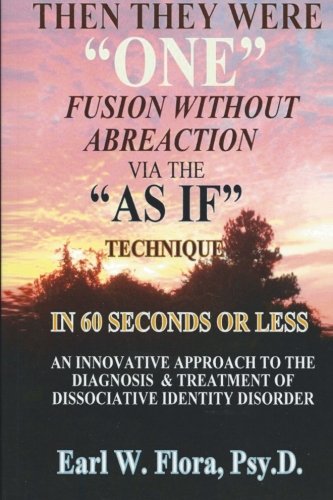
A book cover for Then They Were "ONE" Fusion Without Abreaction: Via The "AS IF" Technique In 60 Seconds Or Less An Innovative Approach To The Diagnosis Of Dissociative Identity Disorder; Earl W. Flora; Health, Fitness & Dieting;